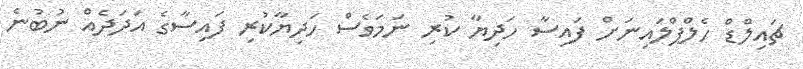
ޗައިލްޑް ހެލްޕްލައިނަށް ފައިސާ ހަދިޔާ ކުރި ނަމަވެސް ހަދިޔާކުރި ފައިސާގެ އަދަދެއް ނުބުނެ